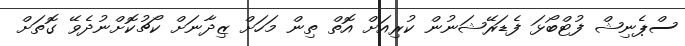
ސްޕެނިޝް ފުޓްބޯޅަ ފެޑަރޭޝަނުން ކުރިއަށް އޮތް ތިން މަހަށް ޒިދާނަށް ކޯޗުކޮށްނުދެވޭ ގޮތަށް